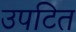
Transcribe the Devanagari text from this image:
उपटित